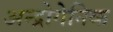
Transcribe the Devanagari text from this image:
अन्द्रोगेनिक